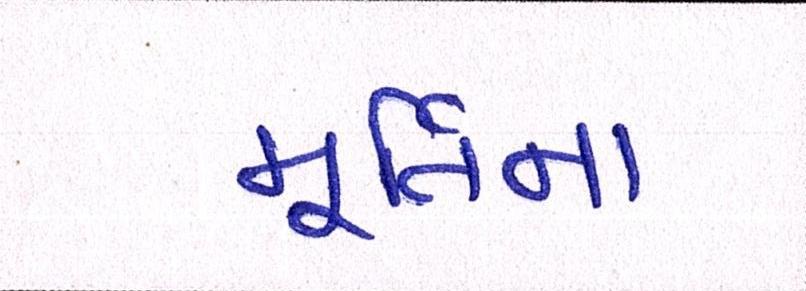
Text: મૂર્તિના